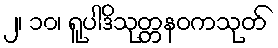
၂၊ ၁၀၊ ရူပါဒိသုတ္တနဝကသုတ်